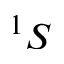
^ { 1 } S